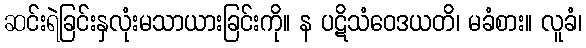
ဆင်းရဲခြင်းနှလုံးမသာယားခြင်းကို။ န ပဋိသံဝေဒယတိ၊ မခံစား။ လူခံ၊